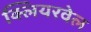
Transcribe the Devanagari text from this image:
क्लियरवेल